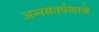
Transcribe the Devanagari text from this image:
अन्नसंतर्पणाचे